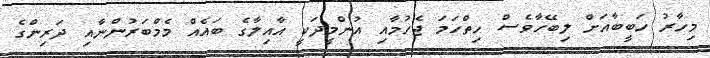
މިހާރު ހަބީބާއަށް ލިބޭހާވެސް ހިތްހަމަ ޖެހުމާއި އުންމީދަކީ އާއިލާގެ ބައެއް މެމްބަރުންނާއި ދަރިންގެ